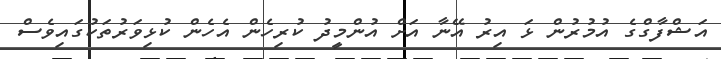
އަޝްފާގްގެ އުމުރުން ޅަ އިރު އޭނާ އަށް އުންމީދު ކުރިހެން އެހެން ކުޅިވަރުތަކުގައިވެސް